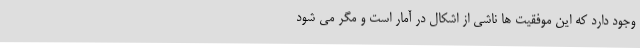
وجود دارد که این موفقیت ها ناشی از اشکال در آمار است و مگر می شود